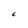
Character: E